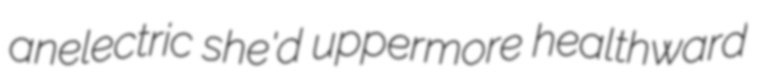
anelectric she'd uppermore healthward